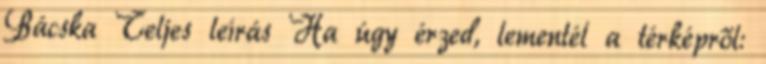
Bácska Teljes leírás Ha úgy érzed, lementél a térképről: